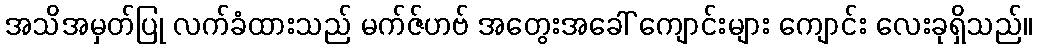
အသိအမှတ်ပြု လက်ခံထားသည် မက်ဇ်ဟဗ် အတွေးအခေါ် ကျောင်းများ ကျောင်း လေးခုရှိသည်။